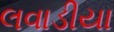
લવાડીયા